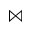
\Join